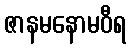
ဇာနမနောမဝီရ